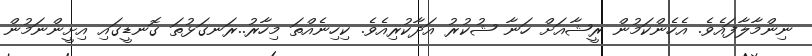
ނިންމާލާާފައެވެ. އެހެންކަމުން ރީޝާއަށް ހަނާ ޝުކުރު އަދާކުރިއެވެ. ކިހިނެއްތަ މިހާރު..ރަނގަޅުތަ ގޮނޑީގައި އިށީންނަމުން